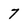
Character: 7